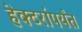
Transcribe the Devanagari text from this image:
हेक्टरांपर्यंत